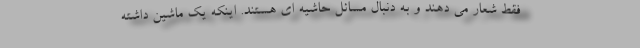
فقط شعار می دهند و به دنبال مسائل حاشیه ای هستند. اینکه یک ماشین داشته